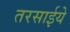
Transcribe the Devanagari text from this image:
तरसाईये